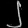
Digit: ၂